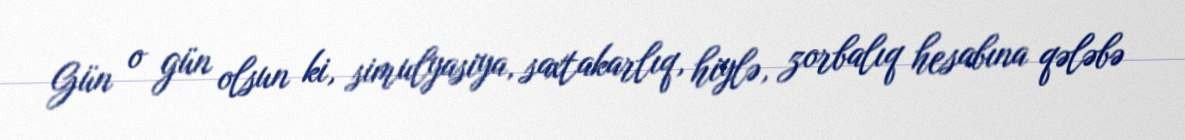
Gün o gün olsun ki, simulyasiya, saxtakarlıq, hiylə, zorbalıq hesabına qələbə